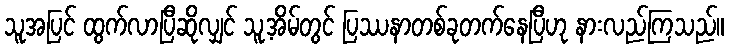
သူအပြင် ထွက်လာပြီဆိုလျှင် သူ့အိမ်တွင် ပြဿနာတစ်ခုတက်နေပြီဟု နားလည်ကြသည်။